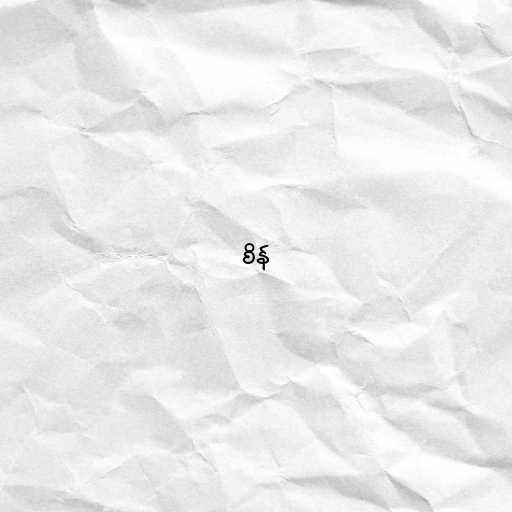
စိန်